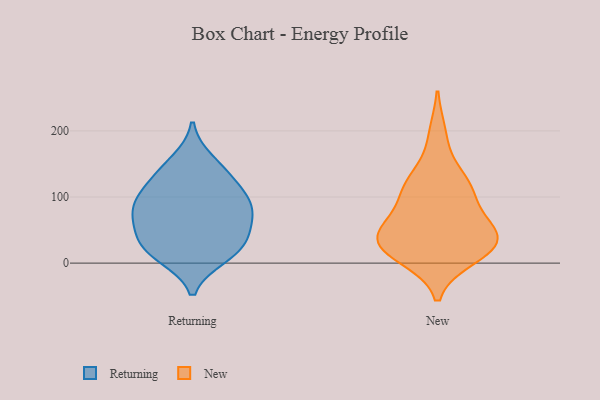
{"axis": {"x": "Demand Index", "y": "Value"}, "legend": ["New", "Returning"], "data": [{"x": "", "y": 41, "type": "Returning"}, {"x": "", "y": 18, "type": "Returning"}, {"x": "", "y": 129, "type": "Returning"}, {"x": "", "y": 86, "type": "Returning"}, {"x": "", "y": 102, "type": "Returning"}, {"x": "", "y": 93, "type": "Returning"}, {"x": "", "y": 133, "type": "Returning"}, {"x": "", "y": 85, "type": "Returning"}, {"x": "", "y": 71, "type": "Returning"}, {"x": "", "y": 155, "type": "Returning"}, {"x": "", "y": 16, "type": "Returning"}, {"x": "", "y": 10, "type": "Returning"}, {"x": "", "y": 58, "type": "Returning"}, {"x": "", "y": 38, "type": "Returning"}, {"x": "", "y": 20, "type": "New"}, {"x": "", "y": 10, "type": "New"}, {"x": "", "y": 51, "type": "New"}, {"x": "", "y": 40, "type": "New"}, {"x": "", "y": 193, "type": "New"}, {"x": "", "y": 26, "type": "New"}, {"x": "", "y": 25, "type": "New"}, {"x": "", "y": 30, "type": "New"}, {"x": "", "y": 116, "type": "New"}, {"x": "", "y": 50, "type": "New"}, {"x": "", "y": 126, "type": "New"}, {"x": "", "y": 62, "type": "New"}, {"x": "", "y": 107, "type": "New"}, {"x": "", "y": 110, "type": "New"}]}